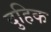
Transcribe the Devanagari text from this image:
दुहिक